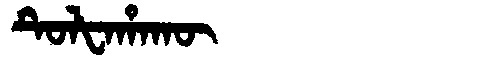
Manchu: ᡨᡠᠯᡶᠠᡥᠠᡴᡡ
Romanization: TULFAHAKŪ